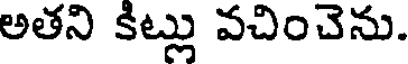
అతని కిట్లు వచించెను.